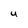
Character: U